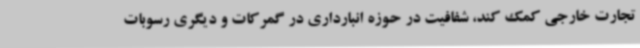
تجارت خارجی کمک کند، شفافیت در حوزه انبارداری در گمرکات و دیگری رسوبات